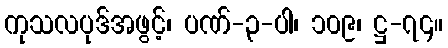
ကုသလပုဒ်အဖွင့်၊ ပဏ်-၃-ပါ၊ ၁၀၉၊ ဋ္ဌ-၇၄။